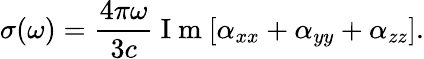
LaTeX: \sigma(\omega)=\frac{4\pi\omega}{3c}\mathrm{~I~m~}[\alpha_{xx}+\alpha_{yy}+\alpha_{zz}].